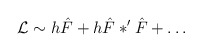
\begin{align*}{\mathcal L} \sim h \hat{F} + h \hat{F} \ast' \hat{F} + \dots\end{align*}